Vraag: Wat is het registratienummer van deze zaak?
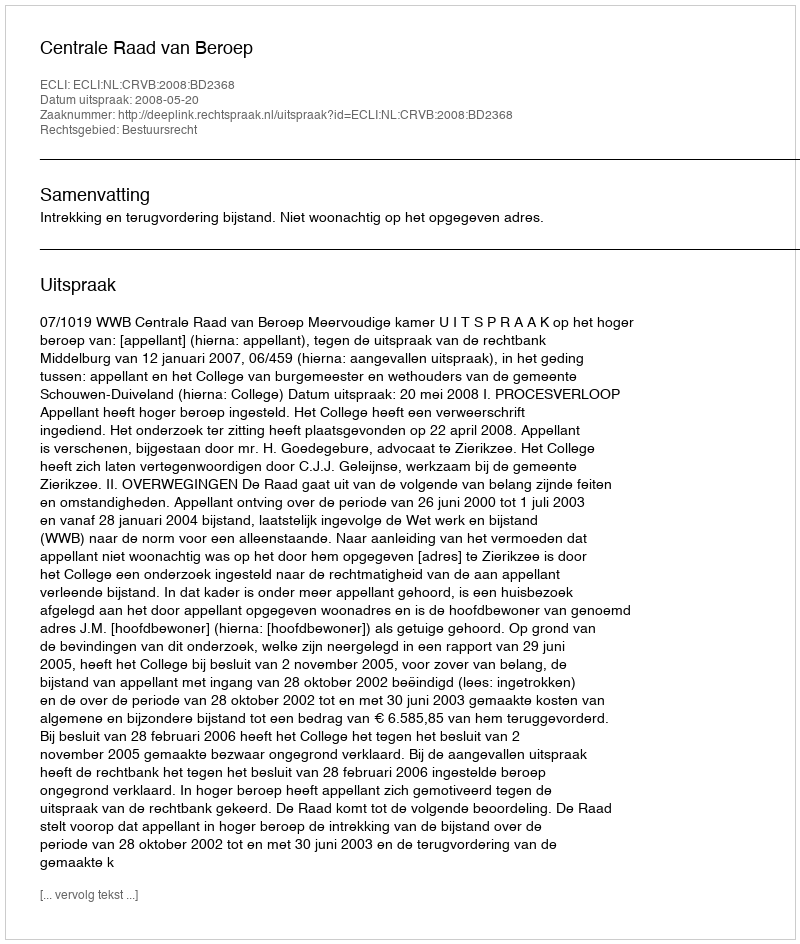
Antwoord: http://deeplink.rechtspraak.nl/uitspraak?id=ECLI:NL:CRVB:2008:BD2368